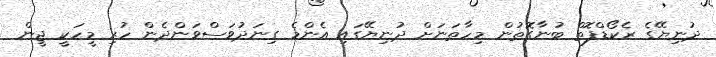
ދުނިޔޭގެ ރެކޯޑްފޮތް ބުނާގޮތުން މިހާތަނަށް ދުނިޔޭގައި އެންމެ ގިނަދުވަސްވަންދެން ހުރި މީހަކީ ޖީން